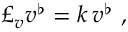
\begin{array} { r } { \pounds _ { v } v ^ { \flat } = k \, v ^ { \flat } \ , } \end{array}